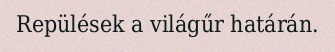
Repülések a világűr határán.